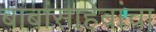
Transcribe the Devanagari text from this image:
बाबांसाहेबांचा